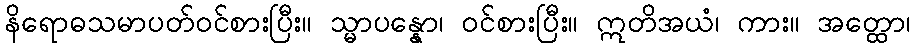
နိရောဓသမာပတ်ဝင်စားပြီး။ သ္မာပန္နော၊ ဝင်စားပြီး။ ဣတိအယံ၊ ကား။ အတ္ထော၊